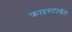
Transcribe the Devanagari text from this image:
क्राइस्टाबेल